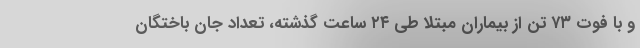
و با فوت ۷۳ تن از بیماران مبتلا طی ۲۴ ساعت گذشته، تعداد جان باختگان